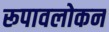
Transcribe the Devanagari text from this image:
रूपावलोकन